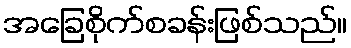
အခြေစိုက်စခန်းဖြစ်သည်။